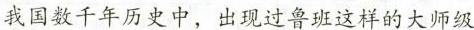
我国数千年历史中，出现过鲁班这样的大师级